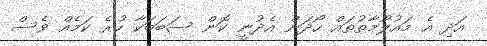
އަދި އެ މައުލޫމާތުތައް ހޯދަން އެދުނީ ކޮން ސަބަބަކާ ހުރެ ކަމެއް ވެސް